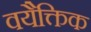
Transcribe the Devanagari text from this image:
वयैक्तिक